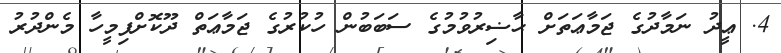
4. ޢީދު ނަމާދުގެ ޖަމާޢަތަށް ޙާޟިރުވުމުގެ ސަބަބުން ހުކުރުގެ ޖަމާޢަތް ދޫކޮށްފިމީހާ މެންދުރު